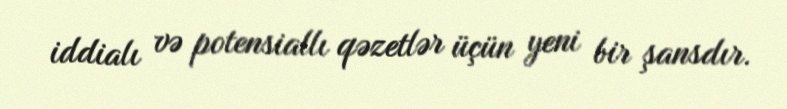
iddialı və potensiallı qəzetlər üçün yeni bir şansdır.